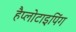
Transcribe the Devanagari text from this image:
हैप्लोटाइपिंग